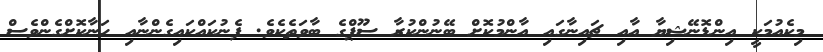
މިކެއުމަކީ އިންޑޮނޭޝިޔާ އާއި ޗައިނާގައި އާންމުކޮށް ބޭނުންކުރާ ސޫޕްގެ ބާވަތެކެވެ. ފެނުކައްކައިގެންނާއި ހަނާކޮށްގެންވެސް